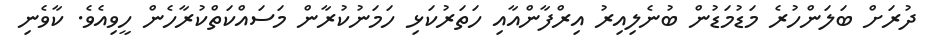
ދުރަށް ބަލަންހުރެ މަޑުމަޑުން ބުނެލިއިރު އިރްފާންއާއި ހަތަރުކަޅި ހަމަނުކުރާން މަސައްކަތްކުރާހެން ހީވިއެވެ. ކާވެނި